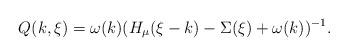
LaTeX: \begin{align*}Q(k,\xi)=\omega(k)(H_\mu(\xi-k)-\Sigma(\xi)+\omega(k))^{-1}.\end{align*}